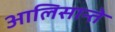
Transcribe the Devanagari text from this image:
आलिसान्ते